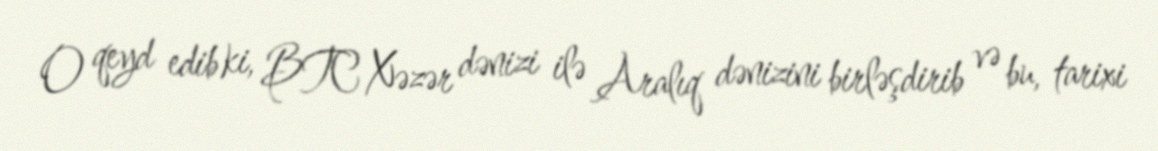
O qeyd edib ki, BTC Xəzər dənizi ilə Aralıq dənizini birləşdirib və bu, tarixi